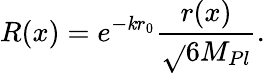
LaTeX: R(x)=e^{-\mathit{k}r_{0}}\frac{{r(x)}}{{\sqrt{}{{6}}M_{Pl}}}.